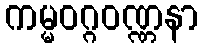
ကမ္မဝဂ္ဂဝဏ္ဏနာ